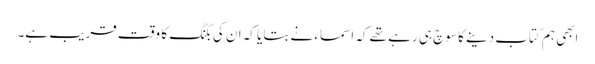
ابھی ہم کتاب دینے کا سوچ ہی رہے تھے کہ اسماء نے بتایا کہ ان کی بکنگ کا وقت قریب ہے۔